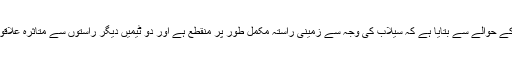
صحافی زبیر خان نے ریسکیو کے مقامی ذرائع کے حوالے سے بتایا ہے کہ سیلاب کی وجہ سے زمینی راستہ مکمل طور پر منقطع ہے اور دو ٹیمیں دیگر راستوں سے متاثرہ علاقوں اور لوگوں تک پہچنے کی کوشش کر رہی ہیں۔